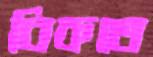
বিকতে